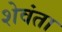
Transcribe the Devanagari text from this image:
शेवंता